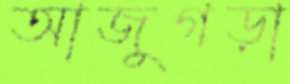
আজুগড়া